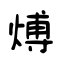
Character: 煿